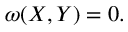
\omega ( X , Y ) = 0 .